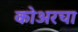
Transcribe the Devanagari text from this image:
कोअरचा